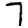
Digit: 7